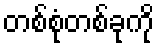
တစ်စုံတစ်ခုကို